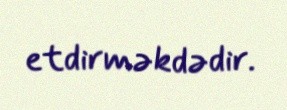
etdirməkdədir.